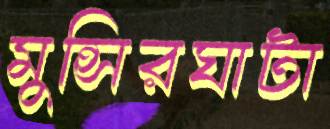
মুন্সিরঘাটা